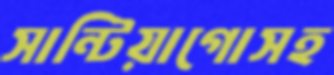
সান্টিয়াগোসহ